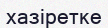
хазіретке